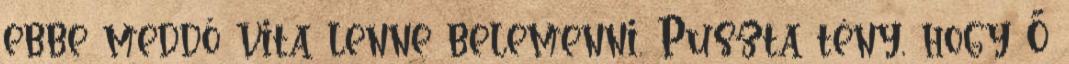
ebbe meddő vita lenne belemenni. Puszta tény, hogy Ő